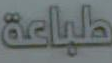
طباعة